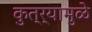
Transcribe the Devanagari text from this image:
कुत्र्यामुळे